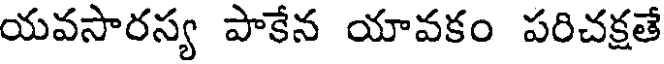
యవసారస్య పాకేన యావకం పరిచక్షతే